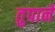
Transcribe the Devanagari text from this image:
तुपाने